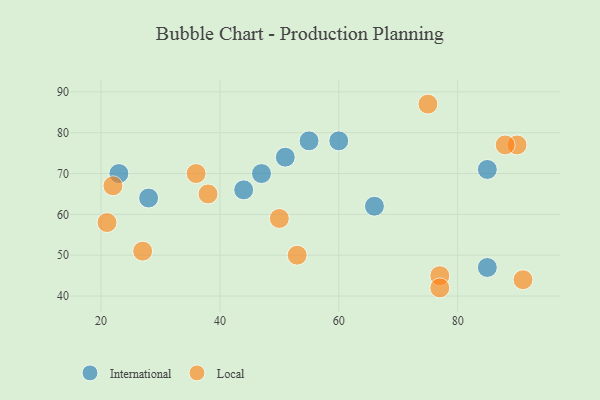
{"axis": {"x": "GDP", "y": "Life Expectancy"}, "legend": ["International", "Local"], "data": [{"x": "60", "y": 78, "type": "International"}, {"x": "85", "y": 71, "type": "International"}, {"x": "55", "y": 78, "type": "International"}, {"x": "51", "y": 74, "type": "International"}, {"x": "85", "y": 47, "type": "International"}, {"x": "47", "y": 70, "type": "International"}, {"x": "23", "y": 70, "type": "International"}, {"x": "66", "y": 62, "type": "International"}, {"x": "28", "y": 64, "type": "International"}, {"x": "44", "y": 66, "type": "International"}, {"x": "90", "y": 77, "type": "Local"}, {"x": "53", "y": 50, "type": "Local"}, {"x": "27", "y": 51, "type": "Local"}, {"x": "50", "y": 59, "type": "Local"}, {"x": "22", "y": 67, "type": "Local"}, {"x": "77", "y": 45, "type": "Local"}, {"x": "36", "y": 70, "type": "Local"}, {"x": "88", "y": 77, "type": "Local"}, {"x": "21", "y": 58, "type": "Local"}, {"x": "77", "y": 42, "type": "Local"}, {"x": "38", "y": 65, "type": "Local"}, {"x": "91", "y": 44, "type": "Local"}, {"x": "75", "y": 87, "type": "Local"}]}